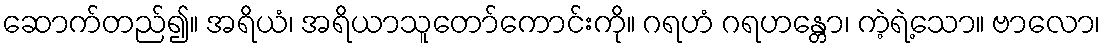
ဆောက်တည်၍။ အရိယံ၊ အရိယာသူတော်ကောင်းကို။ ဂရဟံ ဂရဟန္တော၊ ကဲ့ရဲ့သော။ ဗာလော၊